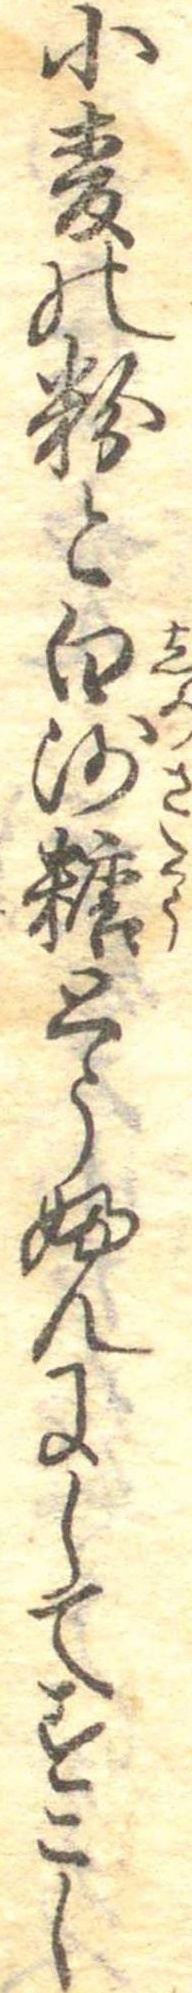
小麦の粉と白沙糖とうふんにしてすこし